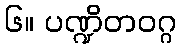
၆။ ပဏ္ဍိတဝဂ္ဂ